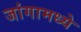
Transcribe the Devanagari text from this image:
जांगामध्ये